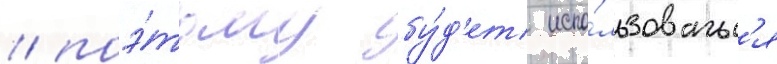
/ поэ́тому бу́д'ет испо́льзоватьс'я